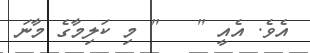
އެވެ. އެއީ "   " މި ކަލިމާގެ މާނަ